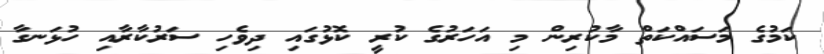
ކަމުގެ މަސައްކަތް މާކުރިން މި އަހަރުގެ ކުރީ ކޮޅުގައި ދިވެހި ސަރުކާރާއި ހުޅަނގާ